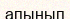
апынып